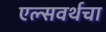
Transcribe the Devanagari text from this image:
एल्सवर्थचा